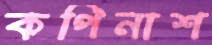
কপিনাশ